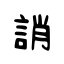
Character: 誚